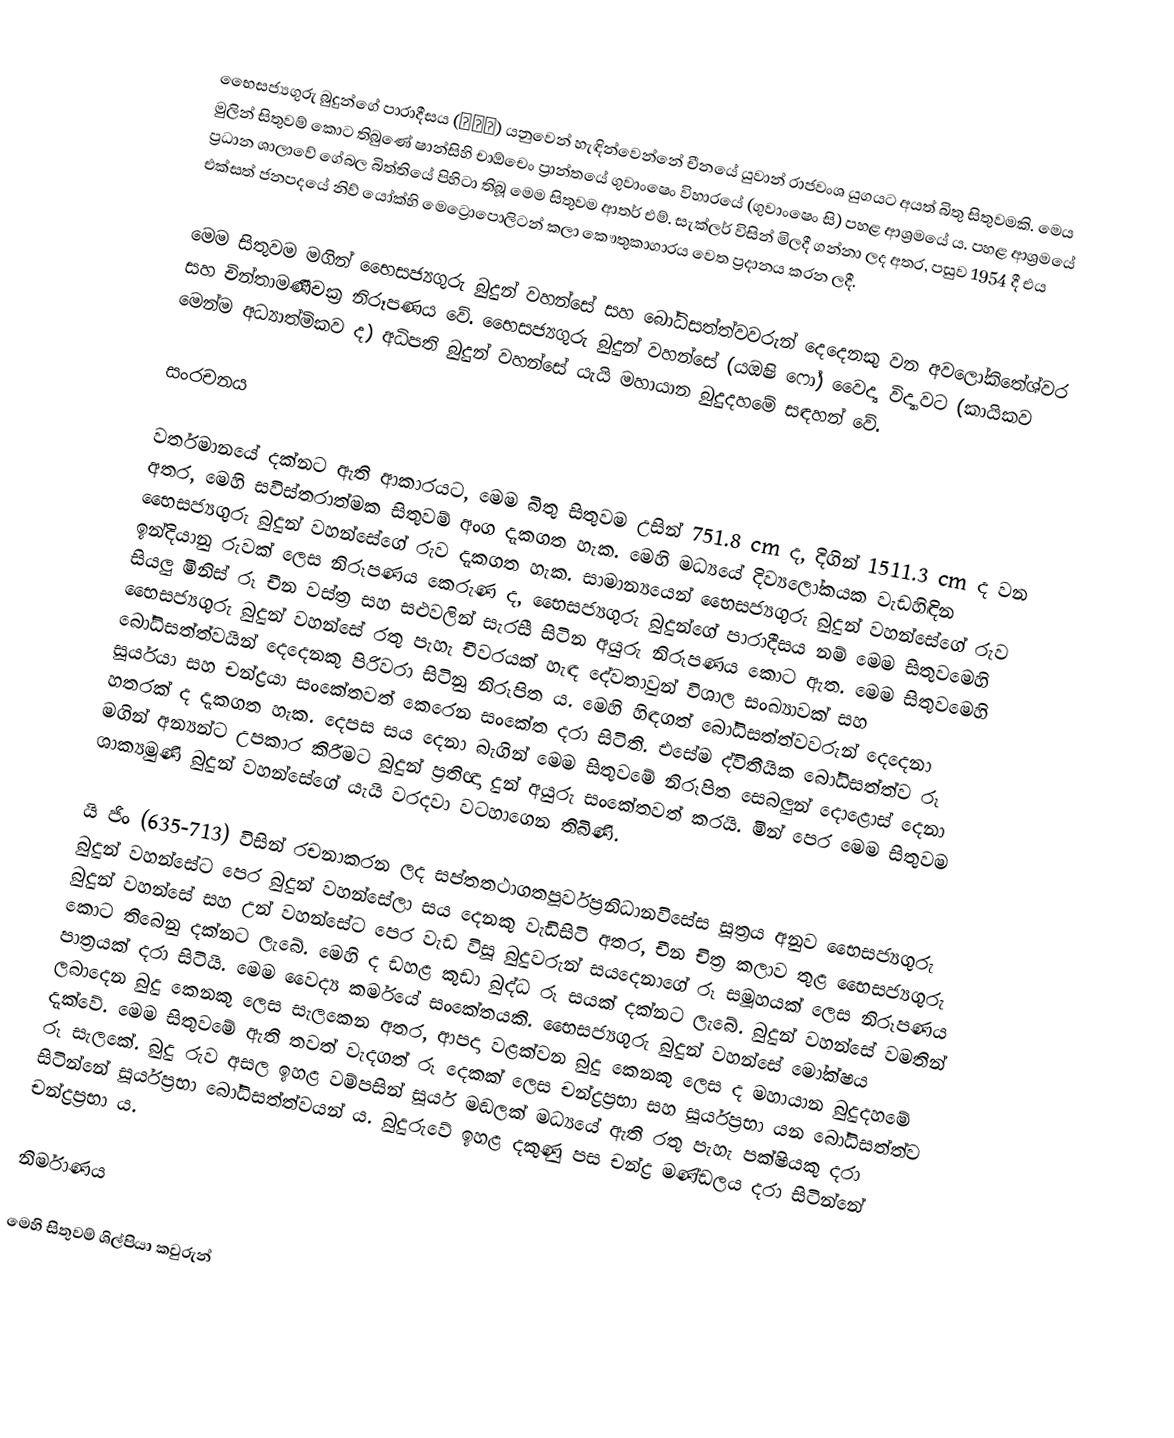
භෛසජ්‍යගුරු බුදුන්ගේ පාරාදීසය (薬師佛) යනුවෙන් හැඳින්වෙන්නේ චීනයේ යුවාන් රාජවංශ යුගයට අයත් බිතු සිතුවමකි. මෙය මුලින් සිතුවම් කොට තිබුණේ ෂාන්සිහි චාඕචෙං ප්‍රාන්තයේ ගුවාංෂෙං විහාරයේ (ගුවාංෂෙං සි) පහළ ආශ්‍රමයේ ය. පහළ ආශ්‍රමයේ ප්‍රධාන ශාලාවේ ගේබල බිත්තියේ පිහිටා තිබූ මෙම සිතුවම ආතර් එම්. සැක්ලර් විසින් මිලදී ගන්නා ලද අතර, පසුව 1954 දී එය එක්සත් ජනපදයේ නිව් යෝක්හි මෙට්‍රොපොලිටන් කලා කෞතුකාගාරය වෙත ප්‍රදානය කරන ලදී.

මෙම සිතුවම මගින් භෛසජ්‍යගුරු බුදුන් වහන්සේ සහ බෝධිසත්ත්වවරුන් දෙදෙනකු වන අව‍ලෝකිතේශ්වර සහ චින්තාමණීචක්‍ර නිරූපණය වේ. භෛසජ්‍යගුරු බුදුන් වහන්සේ (යඔෂි ෆෝ) වෛද්‍ය විද්‍යාවට (කායිකව මෙන්ම අධ්‍යාත්මිකව ද) අධිපති බුදුන් වහන්සේ යැයි මහායාන බුදුදහමේ සඳහන් වේ.

සංරචනය

වර්තමානයේ දක්නට ඇති ආකාරයට, මෙම බිතු සිතුවම උසින් 751.8 cm ද, දිගින් 1511.3 cm ද වන අතර, මෙහි සවිස්තරාත්මක සිතුවම් අංග දැකගත හැක. මෙහි මධ්‍යයේ දිව්‍යලෝකයක වැඩහිඳින භෛසජ්‍යගුරු බුදුන් වහන්සේගේ රුව දැකගත හැක. සාමාන්‍යයෙන් භෛසජ්‍යගුරු බුදුන් වහන්සේගේ රුව ඉන්දියානු රුවක් ලෙස නිරූපණය කෙරු‍ණ ද, භෛසජ්‍යගුරු බුදුන්ගේ පාරාදීසය නම් මෙම සිතුවමෙහි සියලු මිනිස් රූ චීන වස්ත්‍ර සහ සළුවලින් සැරසී සිටින අයුරු නිරූපණය කොට ඇත. මෙම සිතුවමෙහි භෛසජ්‍යගුරු බුදුන් වහන්සේ රතු පැහැ චීවරයක් හැඳ දේවතාවුන් විශාල සංඛ්‍යාවක් සහ බෝධිසත්ත්වයින් දෙදෙනකු පිරිවරා සිටිනු නිරූපිත ය. මෙහි හිඳගත් බෝධිසත්ත්වවරුන් දෙදෙනා සූර්යයා සහ චන්ද්‍රයා සංකේතවත් කෙරෙන සංකේත දරා සිටිති. එසේම ද්විතීයික බෝධිසත්ත්ව රූ හතරක් ද දැකගත හැක. දෙපස සය දෙනා බැගින් මෙම සිතුවමේ නිරූපිත සෙබලුන් දොළොස් දෙනා මගින් අන්‍යන්ට උපකාර කිරීමට බුදුන් ප්‍රතිඥා දුන් අයුරු සංකේතවත් කරයි. මින් පෙර මෙම සිතුවම ශාක්‍යමුණි බුදුන් වහන්සේගේ යැයි වරදවා වටහාගෙන තිබිණි.

යි ජිං (635-713) විසින් රචනාකරන ලද සප්තතථාගතපූර්වප්‍රනිධානවිසේස සූත්‍රය අනුව භෛසජ්‍යගුරු බුදුන් වහන්සේට පෙර බුදුන් වහන්සේලා සය දෙනකු වැඩිසිටි අතර, චීන චිත්‍ර කලාව තුළ භෛසජ්‍යගුරු බුදුන් වහන්සේ සහ උන් වහන්සේට පෙර වැඩ විසූ බුදුවරුන් සයදෙනාගේ රූ සමූහයක් ලෙස නිරූපණය කොට තිබෙනු දක්නට ලැබේ. මෙහි ද ඩහළ කුඩා බුද්ධ රූ සයක් දක්නට ලැබේ. බුදුන් වහන්සේ වමතින් පාත්‍රයක් දරා සිටියි. මෙම වෛද්‍ය කර්මයේ සංකේතයකි. භෛසජ්‍යගුරු බුදුන් වහන්සේ මෝක්ෂය ලබාදෙන බුදු කෙනකු ලෙස සැලකෙන අතර, ආපදා වළක්වන බුදු කෙනකු ලෙස ද මහායාන බුදුදහමේ දැක්වේ. මෙම සිතුවමේ ඇති තවත් වැදගත් රූ දෙකක් ලෙස චන්ද්‍රප්‍රභා සහ සූර්යප්‍රභා යන බෝධිසත්ත්ව රූ සැලකේ. බුදු රුව අසල ඉහළ වම්පසින් සූර්ය මඬලක් මධ්‍යයේ ඇති රතු පැහැ පක්ෂියකු දරා සිටින්නේ සූර්යප්‍රභා බෝධිසත්ත්වයන් ය. බුදුරුවේ ඉහළ දකුණු පස චන්ද්‍ර මණ්ඩලය දරා සිටින්නේ චන්ද්‍රප්‍රභා ය.

නිර්මාණය

මෙහි සිතුවම් ශිල්පියා කවුරුන්